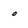
Character: 0